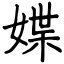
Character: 媟